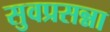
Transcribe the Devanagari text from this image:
सुवप्रसन्ना